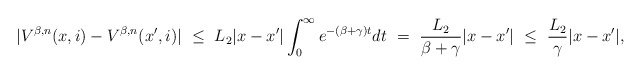
\begin{align*}|V^{\beta,n}(x,i) - V^{\beta,n}(x',i)| \ \leq \ L_2|x - x'|\int_0^\infty e^{-(\beta + \gamma) t} dt \ = \ \frac{L_2}{\beta + \gamma}|x - x'| \ \leq \ \frac{L_2}{\gamma}|x - x'|,\end{align*}